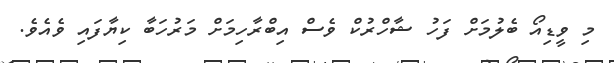
މި ވީޑިއޯ ބެލުމަށް ފަހު ޝާހްރުކް ވެސް އިބްރާހިމަށް މަރުހަބާ ކިޔާފައި ވެއެވެ.